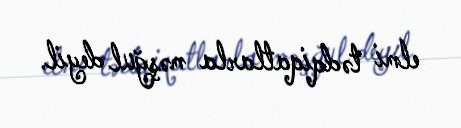
elmi tədqiqatlarla məşğul deyil.